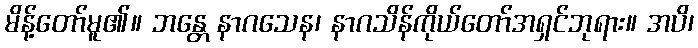
မိန့်တော်မူ၏။ ဘန္တေ နာဂသေန၊ နာဂသိန်ကိုယ်တော်အရှင်ဘုရား။ အပိ၊